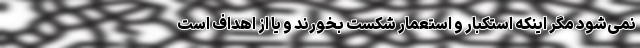
نمی‌شود مگر اینکه استکبار و استعمار شکست بخورند و یا از اهداف است